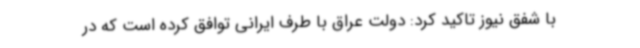
با شفق نیوز تاکید کرد: دولت عراق با طرف ایرانی توافق کرده است که در